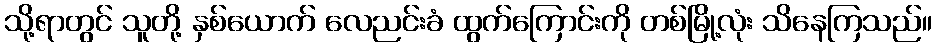
သို့ရာတွင် သူတို့ နှစ်ယောက် လေညင်းခံ ထွက်ကြောင်းကို တစ်မြို့လုံး သိနေကြသည်။